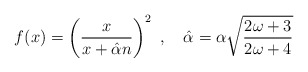
\begin{align*}f(x)=\left(\frac{x}{x+\hat{\alpha} n}\right)^2 \ , \ \ \ \hat{\alpha}=\alpha\sqrt{\frac{2\omega+3}{2\omega+4}}\end{align*}